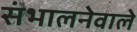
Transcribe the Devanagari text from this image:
संभालनेवाले